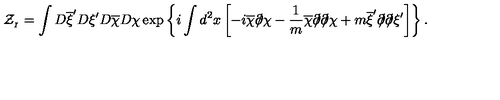
{ \cal Z } _ { _ I } = \int D \overline { { \xi } } ^ { \prime } D \xi ^ { \prime } D \overline { { \chi } } D \chi \exp \left\{ i \int d ^ { 2 } x \left[ - i \overline { { \chi } } \partial \! \! \! / \chi - \frac { 1 } { m } \overline { { \chi } } \partial \! \! \! / \partial \! \! \! / \chi + m \overline { { \xi } } ^ { \prime } \partial \! \! \! / \partial \! \! \! / \xi ^ { \prime } \right] \right\} .